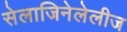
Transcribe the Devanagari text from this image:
सेलाजिनेलेलीज